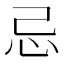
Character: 忌